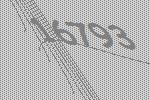
16793